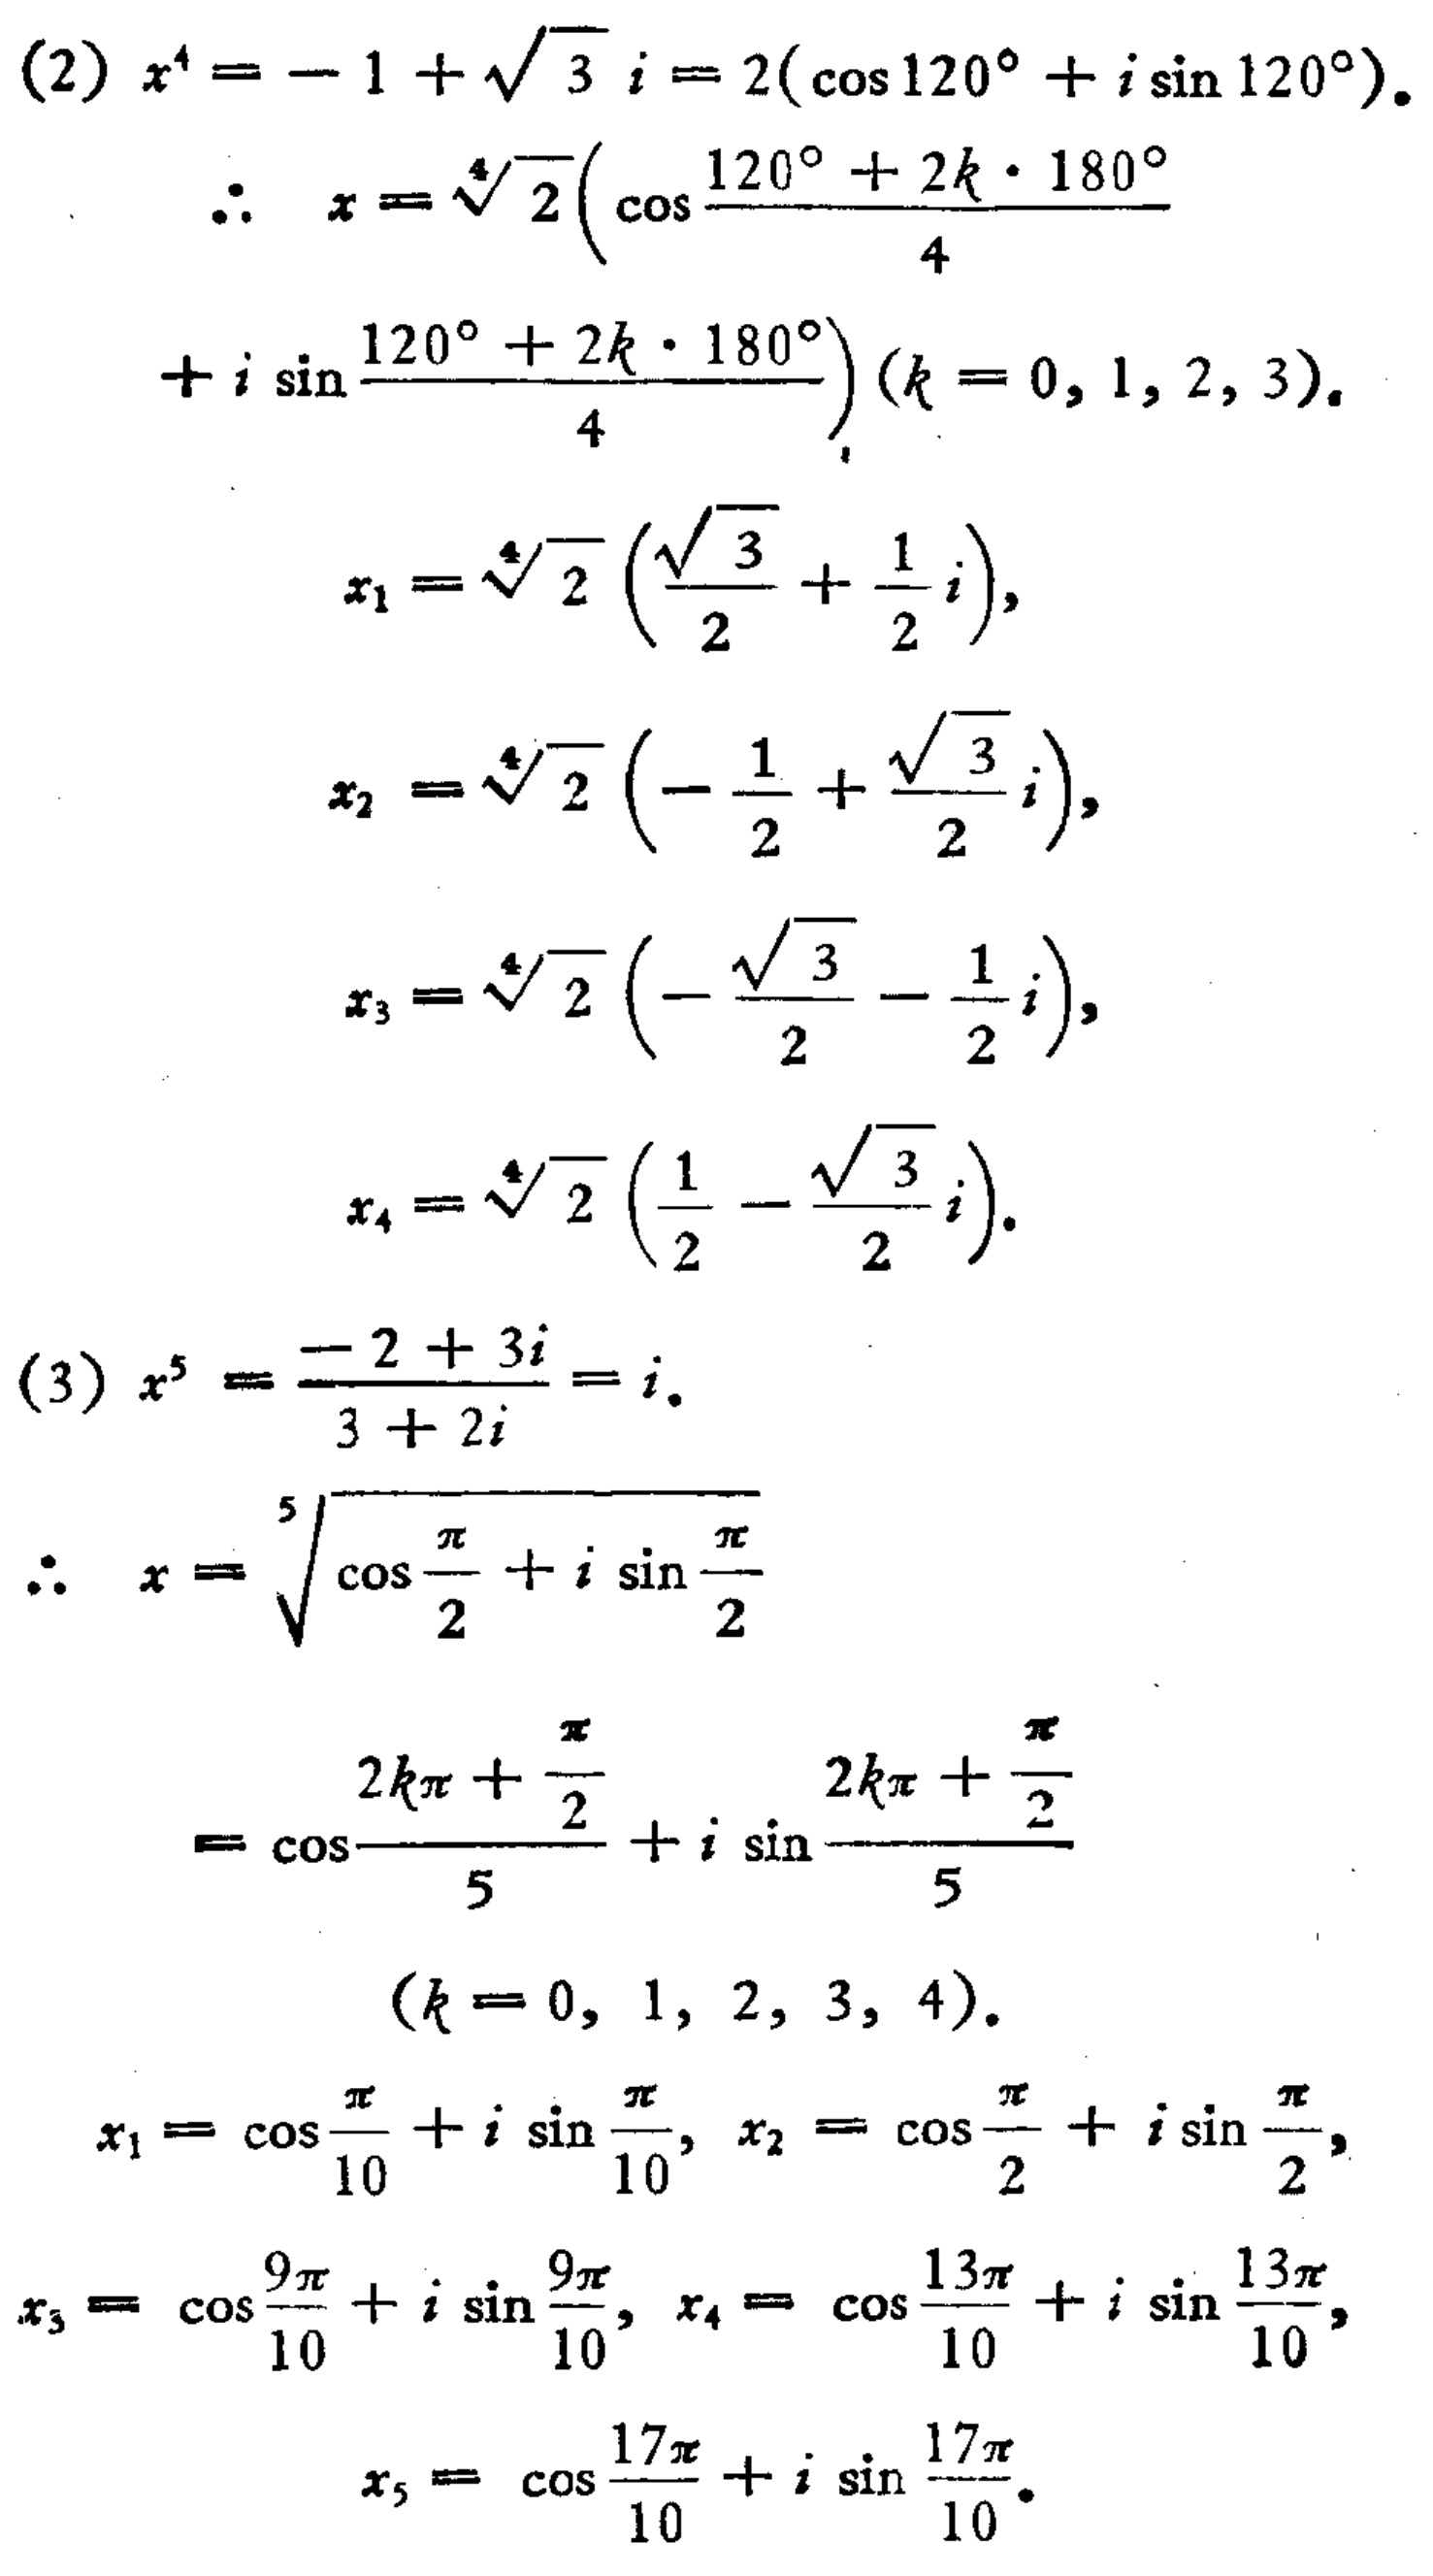
(2)
\[
\begin{align*}
x^{4}&=-1 + \sqrt{3}i=2(\cos120^{\circ}+i\sin120^{\circ})\\
\therefore x&=\sqrt[4]{2}\left(\cos\frac{120^{\circ}+2k\cdot180^{\circ}}{4}+i\sin\frac{120^{\circ}+2k\cdot180^{\circ}}{4}\right)(k = 0,1,2,3)\\
x_{1}&=\sqrt[4]{2}\left(\frac{\sqrt{3}}{2}+\frac{1}{2}i\right)\\
x_{2}&=\sqrt[4]{2}\left(-\frac{1}{2}+\frac{\sqrt{3}}{2}i\right)\\
x_{3}&=\sqrt[4]{2}\left(-\frac{\sqrt{3}}{2}-\frac{1}{2}i\right)\\
x_{4}&=\sqrt[4]{2}\left(\frac{1}{2}-\frac{\sqrt{3}}{2}i\right)
\end{align*}
\]

(3)
\[
\begin{align*}
x^{5}&=\frac{-2 + 3i}{3+2i}=i\\
\therefore x&=\sqrt[5]{\cos\frac{\pi}{2}+i\sin\frac{\pi}{2}}\\
&=\cos\frac{2k\pi+\frac{\pi}{2}}{5}+i\sin\frac{2k\pi+\frac{\pi}{2}}{5}(k = 0,1,2,3,4)\\
x_{1}&=\cos\frac{\pi}{10}+i\sin\frac{\pi}{10},x_{2}=\cos\frac{\pi}{2}+i\sin\frac{\pi}{2}\\
x_{3}&=\cos\frac{9\pi}{10}+i\sin\frac{9\pi}{10},x_{4}=\cos\frac{13\pi}{10}+i\sin\frac{13\pi}{10}\\
x_{5}&=\cos\frac{17\pi}{10}+i\sin\frac{17\pi}{10}
\end{align*}
\]